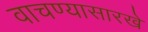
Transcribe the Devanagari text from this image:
वाचण्यासारखे